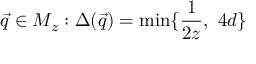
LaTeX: \vec { q } \in M _ { z } : \Delta ( \vec { q } ) = \operatorname * { m i n } \{ \frac { 1 } { 2 z } \mathrm { , ~ } 4 d \}